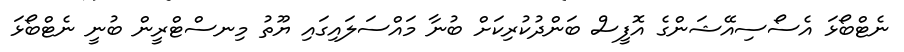
ނެޓްބޯޅަ އެސޯސިއޭޝަންގެ އޮފީސް ބަންދުކުރިކަށް ބުނާ މައްސަލައިގައި ޔޫތު މިނސްޓްރީން ބުނީ ނެޓްބޯޅަ